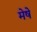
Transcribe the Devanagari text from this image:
मेषे